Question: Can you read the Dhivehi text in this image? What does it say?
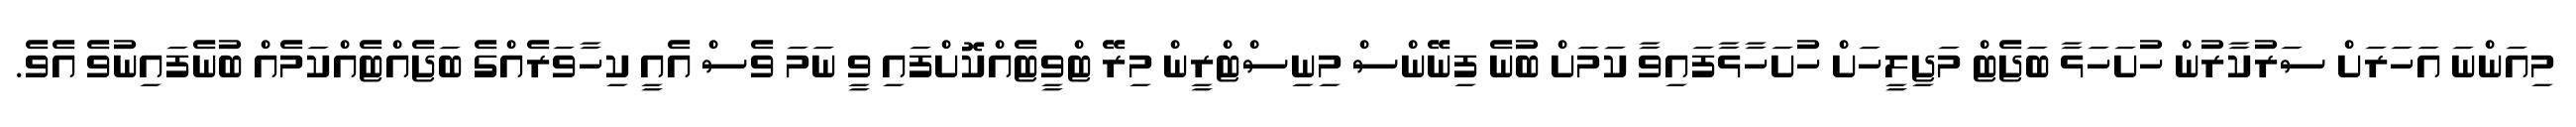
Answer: މިއަންނަ އަހަރަށް ސަރުކާރުން ހުށަހަޅާ ބަޖެޓް މަޖިލީހަށް ހުށަހާޅާފައިވާ ކަމަށް ބުނެ ފިނޭންސް މިނިސްޓްރީން މިރޭ ޓްވީޓެއްކޮށްފައި ވީ ނަމަ ވެސް އެއީ ކިހާވަރެއްގެ ބަޖެއްޓެއްކަމެއް ބުނެފައިނުވެ އެވެ.